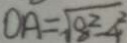
O A = \sqrt { 8 ^ { 2 } - 4 ^ { 2 } }